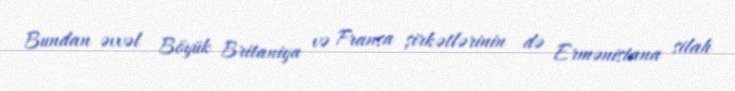
Bundan əvvəl Böyük Britaniya və Fransa şirkətlərinin də Ermənistana silah